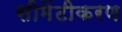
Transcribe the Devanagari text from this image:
सीमेंटीकरण